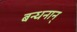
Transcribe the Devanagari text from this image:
बन्धनान्